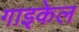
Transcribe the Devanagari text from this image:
गाइकेल